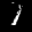
Label: 1